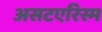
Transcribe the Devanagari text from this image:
असटएरिस्म